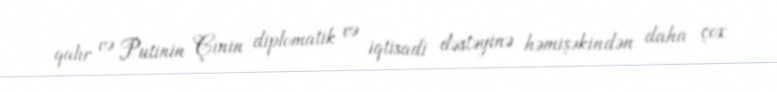
qalır və Putinin Çinin diplomatik və iqtisadi dəstəyinə həmişəkindən daha çox